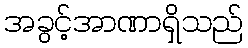
အခွင့်အာဏာရှိသည်